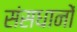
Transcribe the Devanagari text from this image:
संसधानों